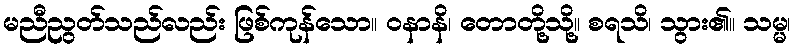
မညီညွတ်သည်လည်း ဖြစ်ကုန်သော။ ဝနာနိ၊ တောတို့သို့။ စရသိ၊ သွား၏။ သမ္မ၊